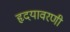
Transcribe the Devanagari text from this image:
हृदयावरणी